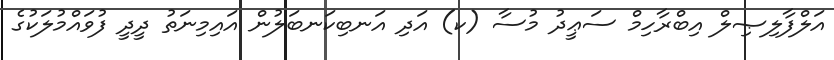
އަލްފާލިޞިލް އިބްރާހިމް ސަޢީދު މުސާ (ކ) އަދި އަނބިކަނބަލުން އައިމިނަތު ދީދީ ފުވައްމުލަކުގެ